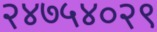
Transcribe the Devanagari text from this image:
२४७५४०२९